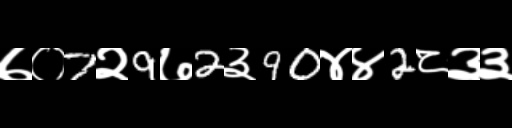
Text: ७०7२9७2३90४४2८३३